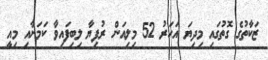
ޒަކާތުގެ ގޮތުގައި މިދިޔަ އަހަރު 52 މިލިއަން ރުފިޔާ ލިބިފައިވާ ކަމަށާއި މިއީ